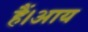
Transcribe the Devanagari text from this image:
हैं।आय